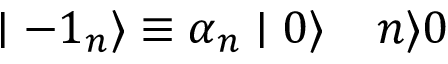
\mid - { 1 } _ { n } \rangle \equiv { \alpha } _ { n } \mid 0 \rangle \; \; \; \; n \rangle 0